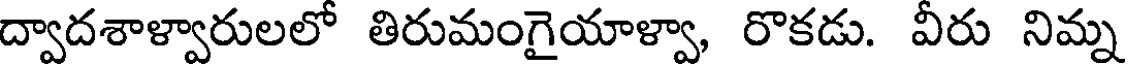
ద్వాదశాళ్వారులలో తిరుమంగైయాళ్వా, రొకడు. వీరు నిమ్న